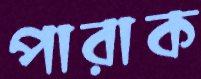
পারাক